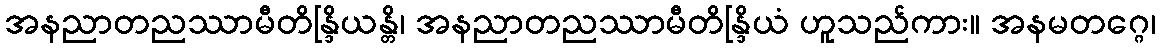
အနညာတညဿာမီတိန္ဒြိယန္တိ၊ အနညာတညဿာမီတိန္ဒြိယံ ဟူသည်ကား။ အနမတဂ္ဂေ၊